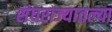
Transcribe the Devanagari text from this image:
संघराज्यातल्या